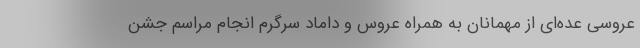
عروسی عده‌ای از مهمانان به همراه عروس و داماد سرگرم انجام مراسم جشن